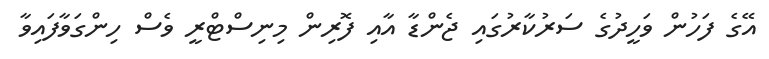
އޭގެ ފަހުން ވަހީދުގެ ސަރުކާރުގައި ޖެންޑާ އާއި ފޮރިން މިނިސްޓްރީ ވެސް ހިންގަވާފައިވާ